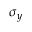
\sigma { _ y }